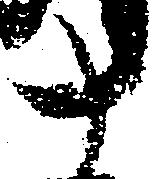
十